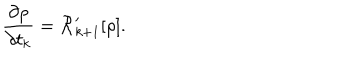
LaTeX: { \frac { \partial \rho } { \partial t _ { k } } } = { \cal R } _ { k + 1 } ^ { \prime } [ \rho ] .